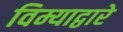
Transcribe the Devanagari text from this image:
विम्याद्वारे